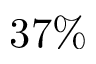
3 7 \%